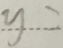
y =